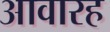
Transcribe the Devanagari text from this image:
आवारह